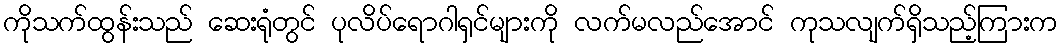
ကိုသက်ထွန်းသည် ဆေးရုံတွင် ပုလိပ်ရောဂါရှင်များကို လက်မလည်အောင် ကုသလျက်ရှိသည့်ကြားက